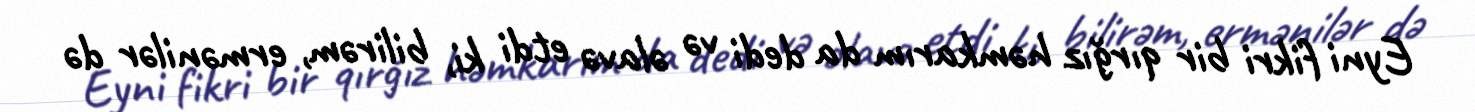
Eyni fikri bir qırğız həmkarım da dedi və əlavə etdi ki, bilirəm, ermənilər də